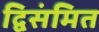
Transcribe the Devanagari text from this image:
द्विसंमित